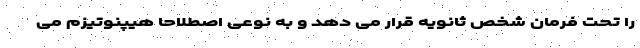
را تحت فرمان شخص ثانویه قرار می دهد و به نوعی اصطلاحا هیپنوتیزم می